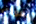
تعودى